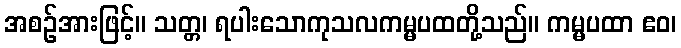
အစဉ်အားဖြင့်။ သတ္တ၊ ရပါးသောကုသလကမ္မပထတို့သည်။ ကမ္မပထာ ဧဝ၊